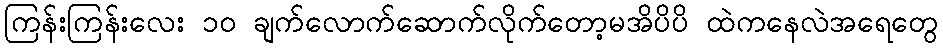
ကြန်းကြန်းလေး ၁၀ ချက်လောက်ဆောက်လိုက်တော့မအိပိပိ ထဲကနေလဲအရေတွေ